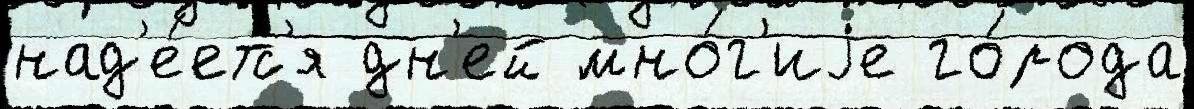
над'е́етс'я дн'ей мно́г'иjе го́рода